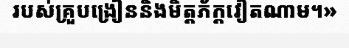
របស់គ្រួបង្រៀននិងមិត្តភ័ក្តវៀតណាម។»